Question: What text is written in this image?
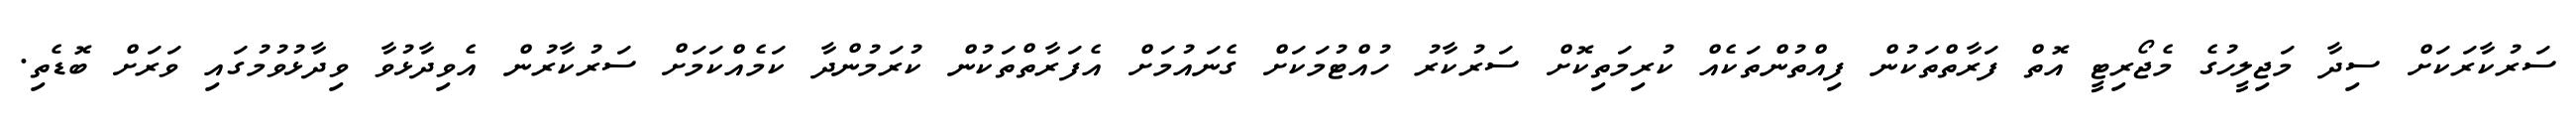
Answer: ސަރުކާރަކަށް ސިދާ މަޖިލީހުގެ މެޖޯރިޓީ އޮތް ފަރާތްތަކުން ފިއްތުންތަކެއް ކުރިމަތިކޮށް ސަރުކާރު ހުއްޓުމަކަށް ގެނައުމަށް އެފަރާތްތަކުން ކުރަމުންދާ ކަމެއްކަމަށް ސަރުކާރުން އެވިދާޅުވާ ވިދާޅުވުމުގައި ވަރަށް ބޮޑެތި.